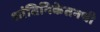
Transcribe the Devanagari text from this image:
शांतिनिकेतनची